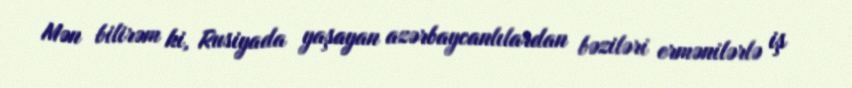
Mən bilirəm ki, Rusiyada yaşayan azərbaycanlılardan bəziləri ermənilərlə iş